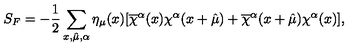
S _ { F } = - \frac { 1 } { 2 } \sum _ { x , \hat { \mu } , \alpha } \eta _ { \mu } ( x ) [ \overline { { \chi } } ^ { \alpha } ( x ) \chi ^ { \alpha } ( x + \hat { \mu } ) + \overline { { \chi } } ^ { \alpha } ( x + \hat { \mu } ) \chi ^ { \alpha } ( x ) ] ,